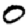
Digit: 0